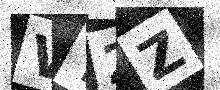
Text: VY2Z